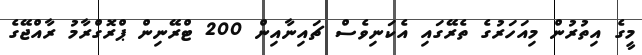
މީގެ އިތުރުން މިއަހަރުގެ ތެރޭގައި އެކަނިވެސް ޗައިނާއިން 200 ޓްރޭނިން ޕްރޮގްރާމު ރާއްޖޭގެ